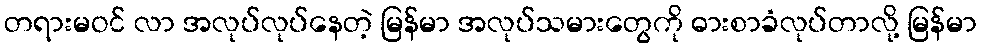
တရားမဝင် လာ အလုပ်လုပ်နေတဲ့ မြန်မာ အလုပ်သမားတွေကို ဓားစာခံလုပ်တာလို့ မြန်မာ